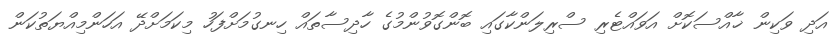
އަދި ވަކިން ޚާއްސަކޮށް އަވައްޓެރި ސްރިލަންކާގައި ބޮންގޮވުންމުގެ ހާދިސާތައް ހިނގުމަށްފަހު މިކަމަށްދޭ އަހަންމިއްޔަތުކަން